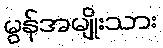
မွန်အမျိုးသား